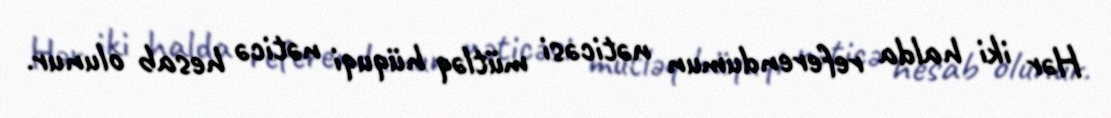
Hər iki halda referendumun nəticəsi mütləq hüquqi nəticə hesab olunur.